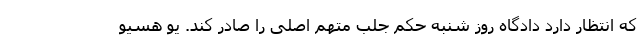
که انتظار دارد دادگاه روز شنبه حکم جلب متهم اصلی را صادر کند. یو هسیو